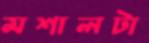
মশালটা